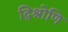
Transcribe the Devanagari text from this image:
द्विश्रोणि